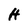
Character: H